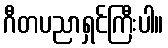
ဂီတပညာရှင်ကြီးပါ။